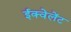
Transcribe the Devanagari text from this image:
ईक्वेलेंट